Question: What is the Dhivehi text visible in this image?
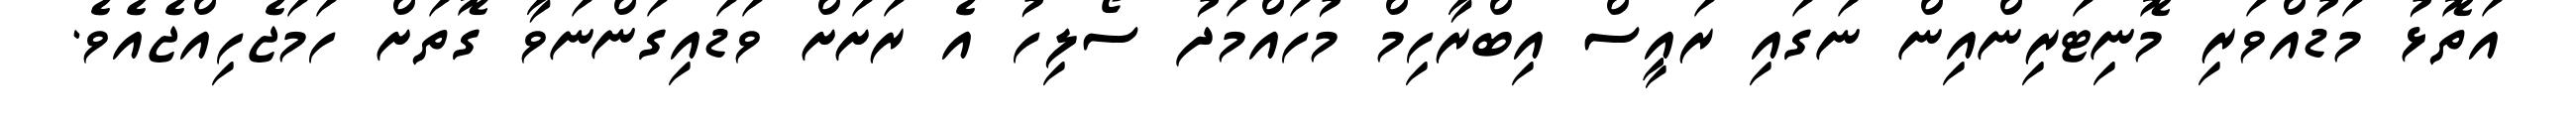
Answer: އަތޮޅު މަޑުއްވަރި މޮނިޓަރިންއިން ނަގައި ރައީސް އިބްރާހިމް މުހައްމަދު ސޯލިހު އެ ރަށަށް ވަޑައިގަންނަވާ ގޮތަށް ހަމަޖެހިއްޖެއެވެ.